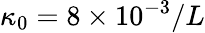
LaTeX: \kappa_{0}=8\times 10^{-3}/L